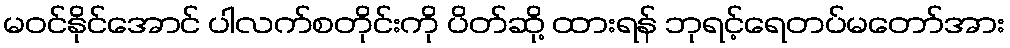
မဝင်နိုင်အောင် ပါလက်စတိုင်းကို ပိတ်ဆို့ ထားရန် ဘုရင့်ရေတပ်မတော်အား